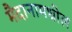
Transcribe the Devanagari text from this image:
मैदानामधील